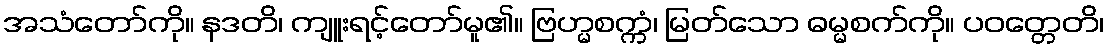
အသံတော်ကို။ နဒတိ၊ ကျူးရင့်တော်မူ၏။ ဗြဟ္မစက္ကံ၊ မြတ်သော ဓမ္မစက်ကို။ ပဝတ္တေတိ၊